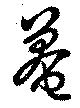
菴